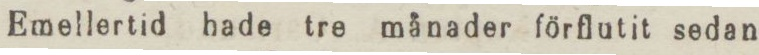
Emellertid hade tre månader förflutit sedan